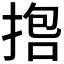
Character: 𪮇